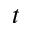
t